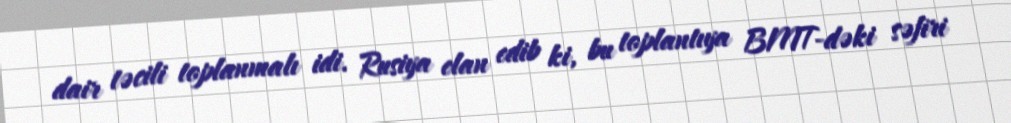
dair təcili toplanmalı idi. Rusiya elan edib ki, bu toplantıya BMT-dəki səfiri